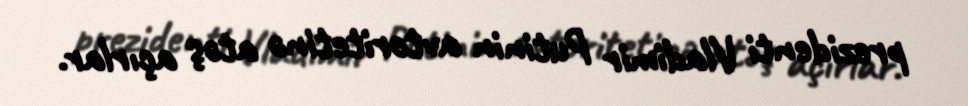
prezidenti Vladimir Putinin avtoritetinə atəş açırlar.